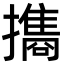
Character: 㩦